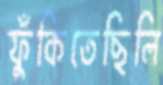
ফুঁকিতেছিলি